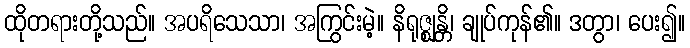
ထိုတရားတို့သည်။ အပရိသေသာ၊ အကြွင်းမဲ့။ နိရုဇ္ဈန္တိ၊ ချုပ်ကုန်၏။ ဒတွာ၊ ပေး၍။